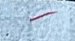
-